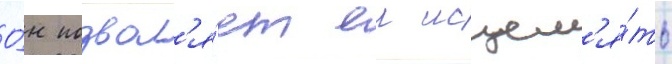
О́н позвол'я́ет еи исцел'я́ть